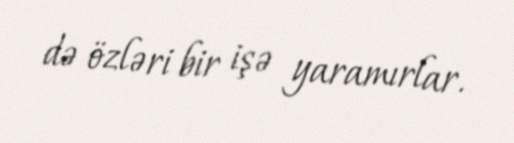
də özləri bir işə yaramırlar.